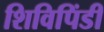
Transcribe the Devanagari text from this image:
शिविपिंडी